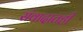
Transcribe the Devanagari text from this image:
संवादातही